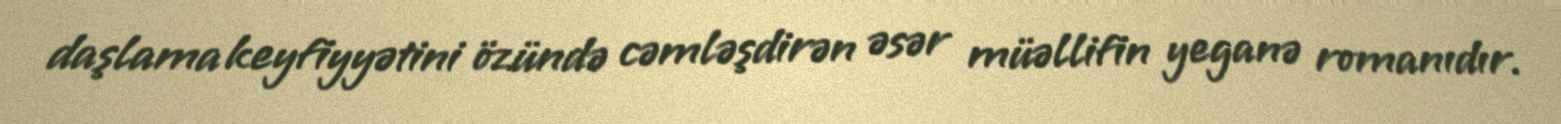
daşlama keyfiyyətini özündə cəmləşdirən əsər müəllifin yeganə romanıdır.